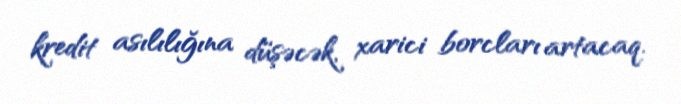
kredit asılılığına düşəcək, xarici borcları artacaq.